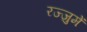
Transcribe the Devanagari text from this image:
रज्जुमें